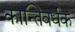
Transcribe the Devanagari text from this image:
कान्तिवर्धक